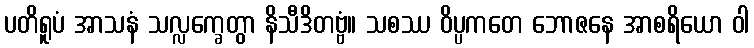
ပတိရူပံ အာသနံ သလ္လက္ခေတွာ နိသီဒိတဗ္ဗံ။ သစဿ ဝိပ္ပကတေ ဘောဇနေ အာစရိယော ဝါ